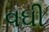
વઘી